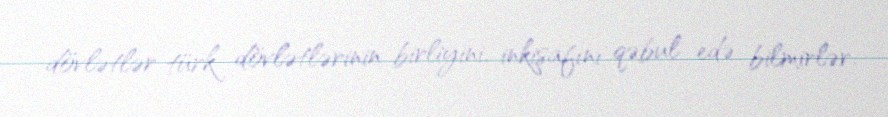
dövlətlər türk dövlətlərinin birliyini, inkişafını qəbul edə bilmirlər.